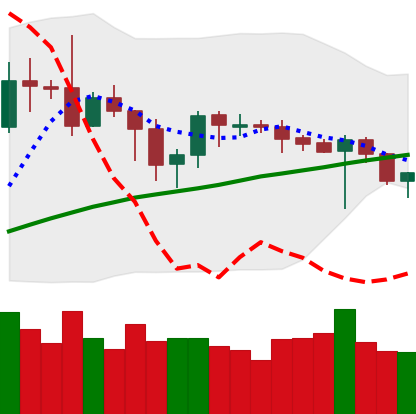
Ticker: BTC-USD
Chart end date: 2019-09-22
Forward return: -18.058%
Label: down_7plus